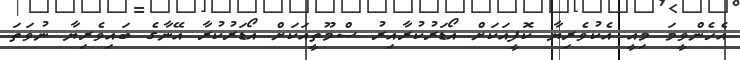
އެހެންވީމަ މިއީ އެކުވެރިޔާ ކޮފީއަކަށް އޯޑަރުކުރާއިރު ސްމޫތީއަކަށް އޯޑަރުކުރާ އޭނާގެ ބައިވެރިޔާ ނުވަތަ